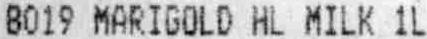
8019 MARIGOLD HL MILK 1L